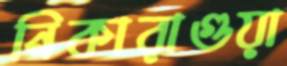
নিকারাগুয়া